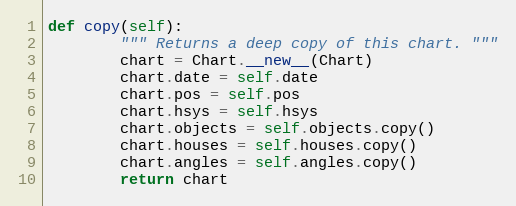
Language: Python
def copy(self):
        """ Returns a deep copy of this chart. """
        chart = Chart.__new__(Chart)
        chart.date = self.date
        chart.pos = self.pos
        chart.hsys = self.hsys
        chart.objects = self.objects.copy()
        chart.houses = self.houses.copy()
        chart.angles = self.angles.copy()
        return chart